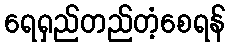
ရေရှည်တည်တံ့စေရန်